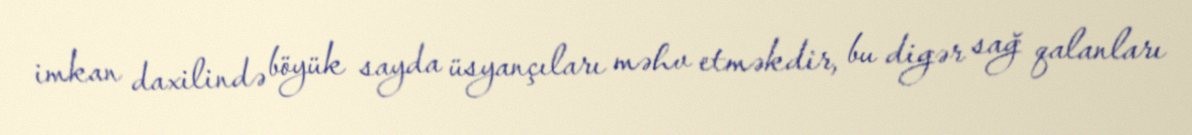
imkan daxilində böyük sayda üsyançıları məhv etməkdir, bu digər sağ qalanları